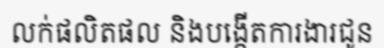
លក់ផលិតផល និងបង្កើតការងារជូន